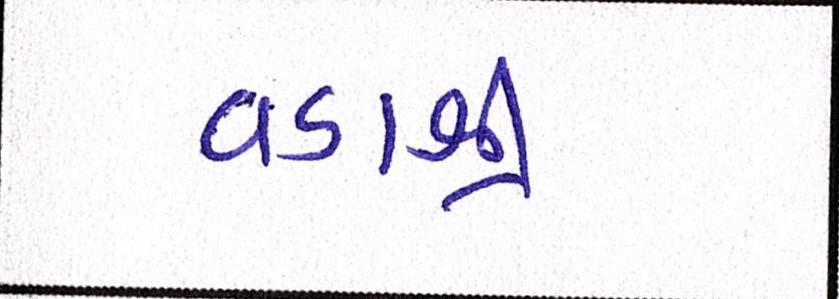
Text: વડાશ્રી